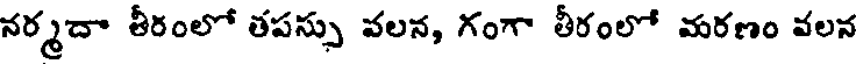
నర్మదా తీరంలో తపస్సు వలన, గంగా తీరంలో మరణం వలన